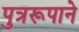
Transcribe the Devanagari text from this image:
पुत्ररूपाने